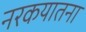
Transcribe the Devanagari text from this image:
नरकयातना